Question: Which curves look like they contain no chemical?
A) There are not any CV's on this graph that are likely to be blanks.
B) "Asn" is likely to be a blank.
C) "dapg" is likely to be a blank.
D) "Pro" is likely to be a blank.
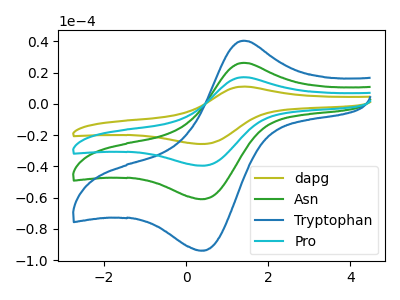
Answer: <think>The olive curve "dapg" has an anodic peak at (1.40V, 78.60uA) and a cathodic peak at (0.35V, -182.60uA). The green curve "Asn" has an anodic peak at (1.40V, 26.20uA) and a cathodic peak at (0.35V, -60.85uA). The blue curve "Tryptophan" has an anodic peak at (1.40V, 40.35uA) and a cathodic peak at (0.35V, -93.75uA). The cyan curve "Pro" has an anodic peak at (1.40V, 52.40uA) and a cathodic peak at (0.35V, -121.75uA).</think>
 <answer>A) There are not any CV's on this graph that are likely to be blanks.</answer>
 <eval>A</eval>